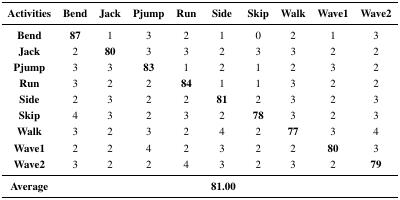
| Activities | Bend | Jack | Pjump | Run | Side | Skip | Walk | Wave1 | Wave2 |
 | --- | --- | --- | --- | --- | --- | --- | --- | --- | --- |
 | Bend | 87 | 1 | 3 | 2 | 1 | 0 | 2 | 1 | 3 |
 | Jack | 2 | 80 | 3 | 3 | 2 | 3 | 3 | 2 | 2 |
 | Pjump | 3 | 3 | 83 | 1 | 2 | 1 | 2 | 3 | 2 |
 | Run | 3 | 2 | 2 | 84 | 1 | 1 | 3 | 2 | 2 |
 | Side | 2 | 3 | 2 | 2 | 81 | 2 | 3 | 2 | 3 |
 | Skip | 4 | 3 | 2 | 3 | 2 | 78 | 3 | 2 | 3 |
 | Walk | 3 | 2 | 3 | 2 | 4 | 2 | 77 | 3 | 4 |
 | Wave1 | 2 | 2 | 4 | 2 | 3 | 2 | 2 | 80 | 3 |
 | Wave2 | 3 | 2 | 2 | 4 | 3 | 2 | 3 | 2 | 79 |
 | Average |  |  |  |  | 81.00 |  |  |  |  |